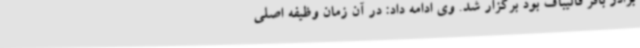
برادر باقر قالیباف بود برگزار شد. وی ادامه داد: در آن زمان وظیفه اصلی